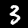
Label: 3